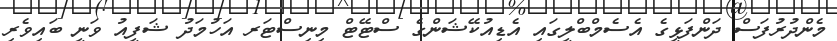
މެންދުރުފަސް ދަންފަޅީގެ އެސެމްބްލީގައި އެޑިއުކޭޝަންގެ ސްޓޭޓް މިނިސްޓަރ އަހުމަދު ޝަފީއު ވަނީ ބައިވެރި